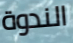
الندوة